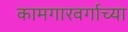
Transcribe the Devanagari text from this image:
कामगारवर्गाच्या